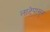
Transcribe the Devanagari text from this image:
लाटेपासून